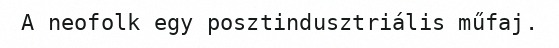
A neofolk egy posztindusztriális műfaj.